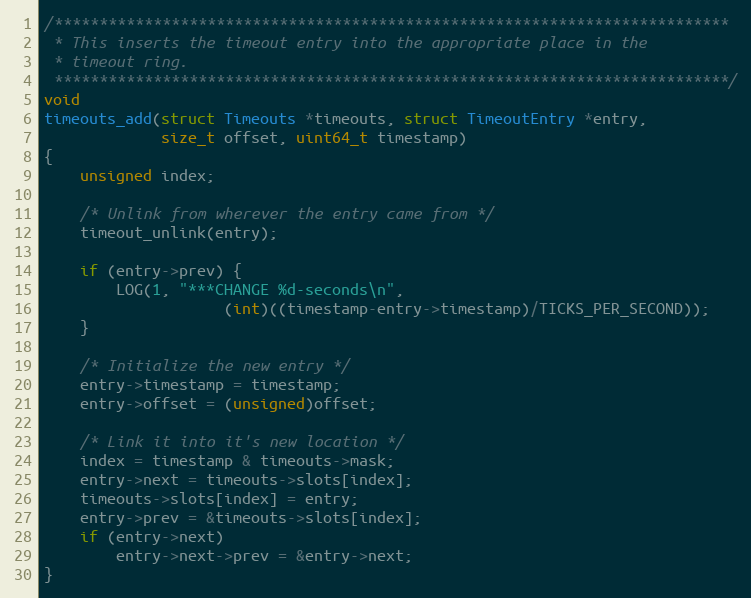
Language: C
/***************************************************************************
 * This inserts the timeout entry into the appropriate place in the
 * timeout ring.
 ***************************************************************************/
void
timeouts_add(struct Timeouts *timeouts, struct TimeoutEntry *entry,
             size_t offset, uint64_t timestamp)
{
    unsigned index;

    /* Unlink from wherever the entry came from */
    timeout_unlink(entry);

    if (entry->prev) {
        LOG(1, "***CHANGE %d-seconds\n",
                    (int)((timestamp-entry->timestamp)/TICKS_PER_SECOND));
    }

    /* Initialize the new entry */
    entry->timestamp = timestamp;
    entry->offset = (unsigned)offset;

    /* Link it into it's new location */
    index = timestamp & timeouts->mask;
    entry->next = timeouts->slots[index];
    timeouts->slots[index] = entry;
    entry->prev = &timeouts->slots[index];
    if (entry->next)
        entry->next->prev = &entry->next;
}